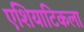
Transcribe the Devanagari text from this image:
एशियाटिकला